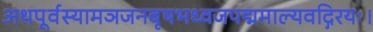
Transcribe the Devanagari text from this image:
अथपूर्वस्यामञजनबृषभध्वजपद्ममाल्यवद्गिरयः।